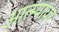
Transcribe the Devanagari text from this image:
आत्म्यावर